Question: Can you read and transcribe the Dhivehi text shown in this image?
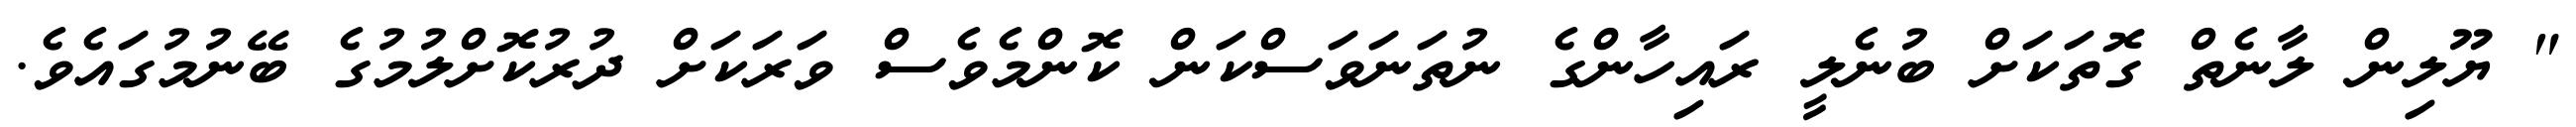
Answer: " ޔޫލިން ލާނެތް ގޮތަކަށް ބުނެލީ ރައިހާންގެ ނުތަނަވަސްކަން ކޮންމެވެސް ވަރަކަށް ދުރުކޮށްލުމުގެ ބޭނުމުގައެވެ.